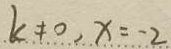
k \neq 0 , x = - 2